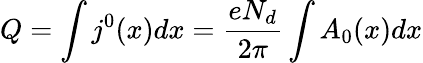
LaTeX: Q=\int j^{0}(x)dx=\frac{eN_{d}}{2\pi}\int A_{0}(x)dx